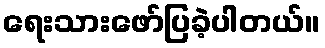
ရေးသားဖော်ပြခဲ့ပါတယ်။